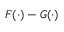
F ( \cdot ) - G ( \cdot )